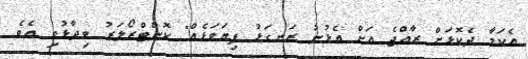
އެކަމާ ދެކޮޅަށް ރާއްޖެ އަށް އެޅުނު ރަނގަޅު ފިޔަވަޅެއް" ކޮންޓްރޯލަރު ވިދާޅުވި އެވެ.